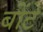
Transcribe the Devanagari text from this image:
बोंटे